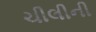
ચીલીની